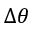
\Delta \theta